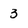
Character: 3